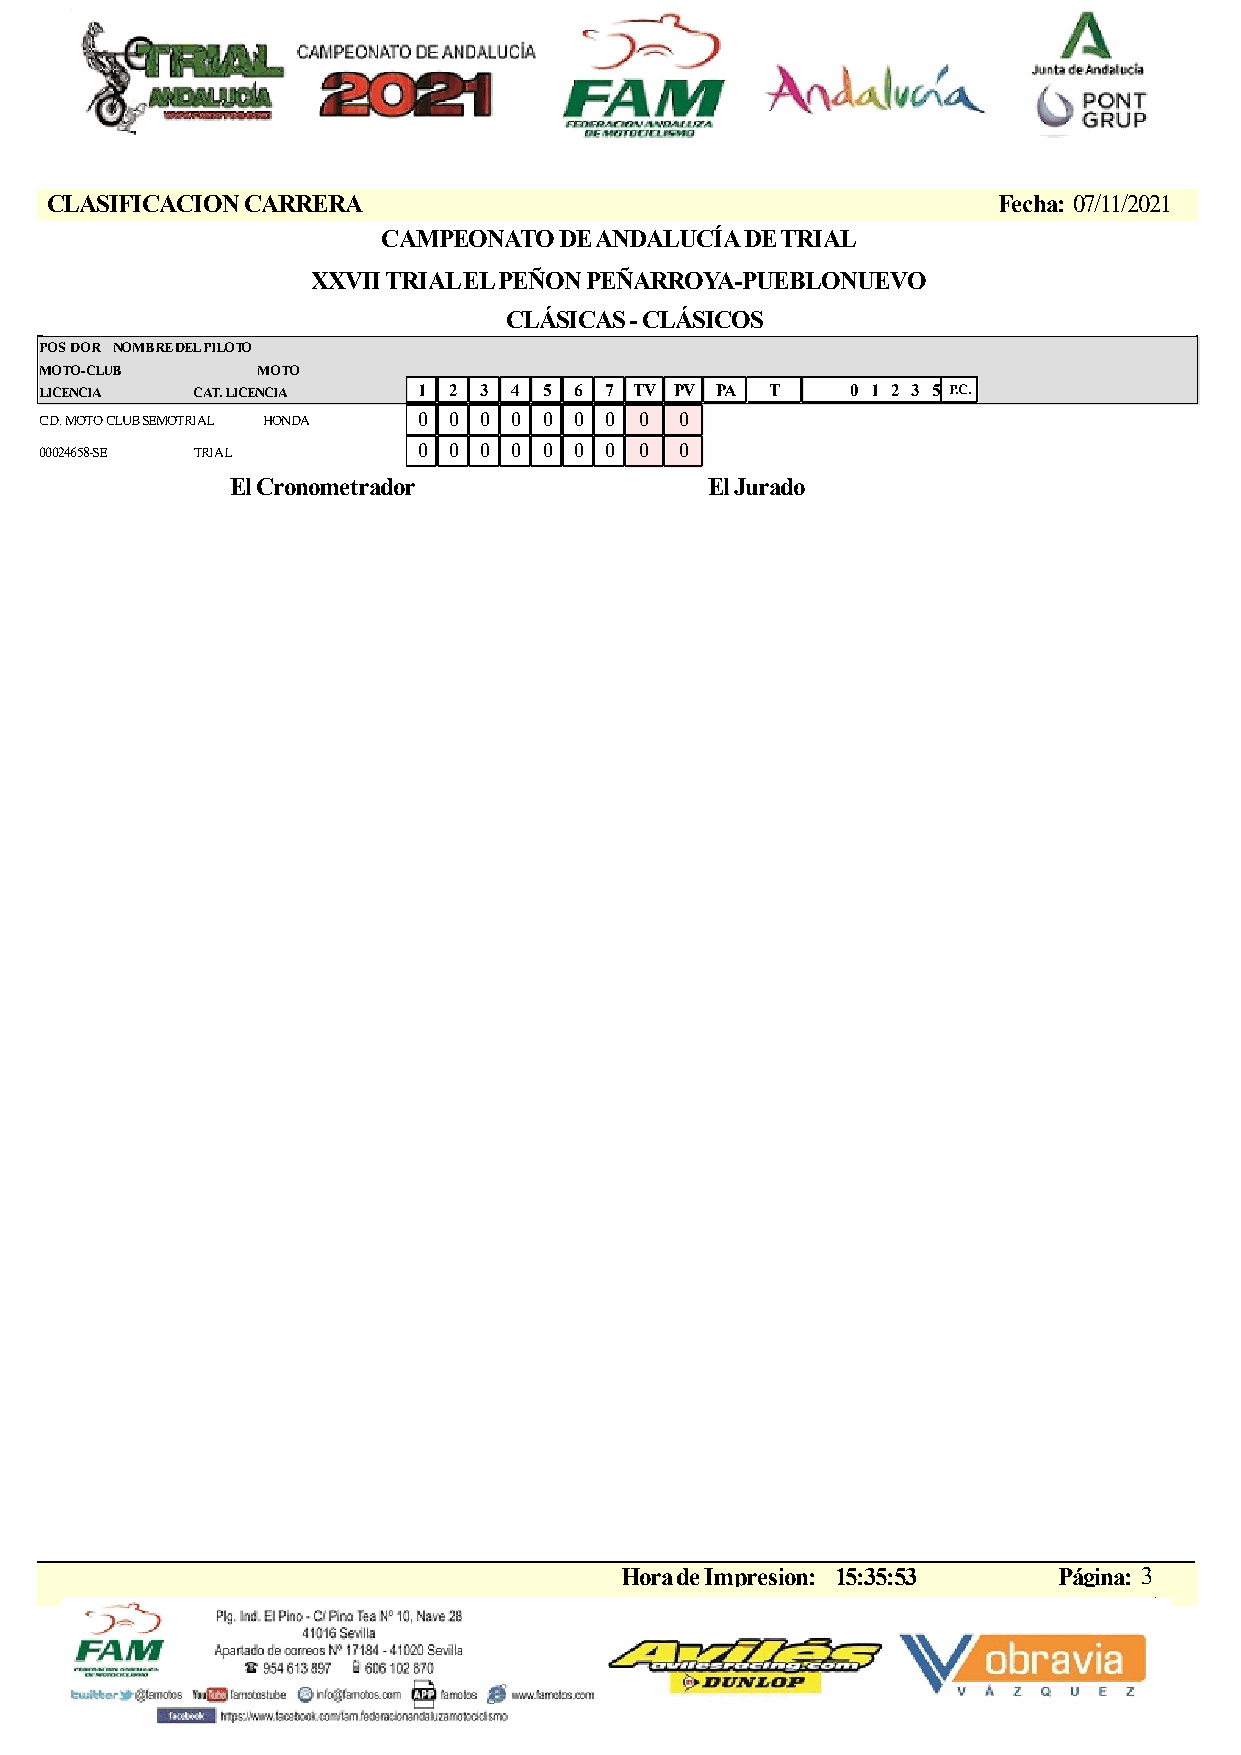
CLASIFICACION CARRERA                                          Fecha: 07/11/2021
 CAMPEONATO  DE ANDALUCÍA DE TRIAL
 XXVII TRIAL EL PEÑON PEÑARROYA-PUEBLONUEVO
 CLÁSICAS - CLÁSICOS
 POSDOR NOMBRE DEL PILOTO
 MOTO-CLUB     MOTO
 LICENCIA  CAT. LICENCIA  1 2 3 4 5 6 7 TV PV PA T    0 1 2 3 5 P.C.
 C.D. MOTO CLUB SEMOTRIAL HONDA 0 0 0 0 0 0 0 0 0
 00024658-SE TRIAL        0 0 0 0 0 0 0 0  0
 El Cronometrador                El Jurado
 Hora de Impresion: 15:35:53  Página: 3